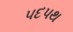
પદપથ